system: You are a helpful assistant.
user:
Analyze the provided spectrum to determine if it is a **M-type Giant (gM)**.

A M-type Giant spectrum is defined by its **strong molecular absorption** features, particularly from **Titanium Oxide (TiO)**. You must check for one of the following mutually exclusive signatures:

- **Key Visual Indicators (Absorption-Dominated Spectrum):**

    - **(Primary):** The spectrum is dominated by strong molecular absorption from **Titanium Oxide (TiO)**. This is the **defining feature** of its M-type temperature class.
        - **(Key Bandheads):** Look for sharp, "saw-tooth" absorption valleys. The strongest are located near **~7050 Å**, **~6160 Å**, and **~5170 Å**.
        - **(Line Profile):** The "saw-tooth" morphology is critical: a **sharp, steep drop on the BLUE (short-wavelength) side** of the bandhead, followed by a gradual recovery (rising flux) towards the RED (long-wavelength) side.

    - **(Key Confirmation - Giant vs. Dwarf):** **ABSENCE** of strong **Calcium Hydride (CaH)** molecular bands. This is the primary diagnostic for *excluding* M-dwarfs.
        - **(Key Region):** The spectrum should lack the strong, broad absorption band seen in dwarfs between **~6800 Å and ~7000 Å**.

    - **(Secondary Confirmation - Giant):** A very strong and broad **Neutral Calcium (Ca I)** atomic absorption line.
        - **(Key Line):** Located at **~4226 Å**. In a giant (gM), this line is significantly deeper and broader than the same line in an M-dwarf (dM) due to low surface gravity.

    - **(Overall Spectrum):**
        - The continuum is **extremely red-sloping** (i.e., flux is very low in the blue and rises dramatically towards the red).
        - The entire spectrum appears "chopped up" by the deep TiO bands.

Think first, call **spectral_visualization_tool** if needed to examine features in detail, then provide your final answer. Your response must adhere to the following strict rules:
1.  **Overall Structure:** Your response must follow the format `<think>...</think> <tool_call>...</tool_call> (if a tool is used) <answer>...</answer>`.
2.  **Tool Usage Constraint:** You may only make **one** tool call per turn.
3.  **Final Answer Format:** In the `<answer>` tag, your conclusion must be inside a `\boxed{}` command (e.g., `\boxed{YES}` or `\boxed{NO}`), followed by your justification.

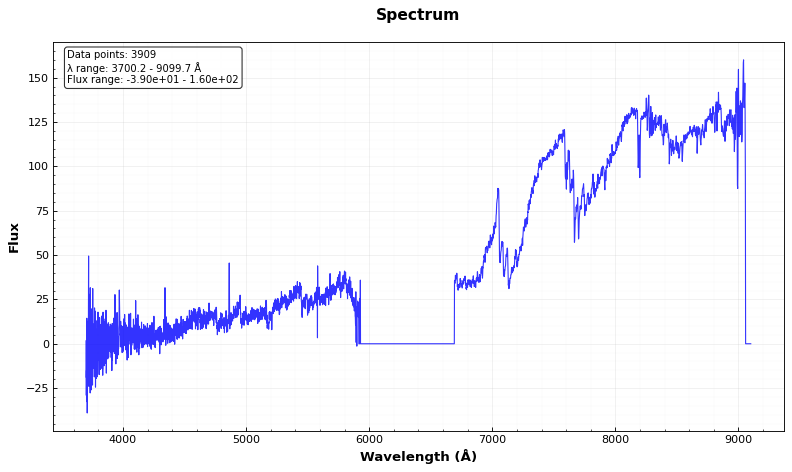
Answer: NO